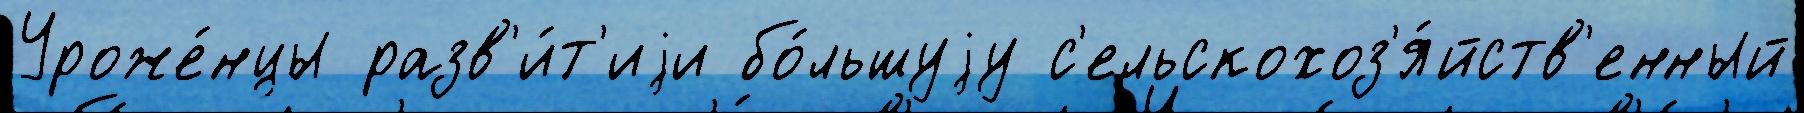
Уроже́нцы разв'и́т'иjи бо́льшуjу с'ельскохоз'я́йств'енный